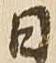
日